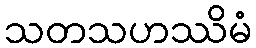
သတသဟဿိမံ